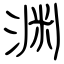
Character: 渊